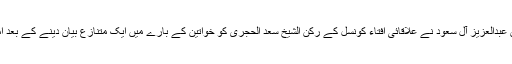
سعوی عرب کے علاقے عسیر کے گورنر شہزادہ فیصل بن خالد بن عبدالعزیز آل سعود نے علاقائی افتاء کونسل کے رکن الشیخ سعد الحجری کو خواتین کے بارے میں ایک متنازع بیان دینے کے بعد امامت، خطابت اور تمام دیگر دعوتی سرگرمیوں سے روک دیا ہے۔